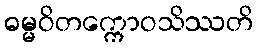
ဓမ္မဝိတက္ကောဝသိဿတိ